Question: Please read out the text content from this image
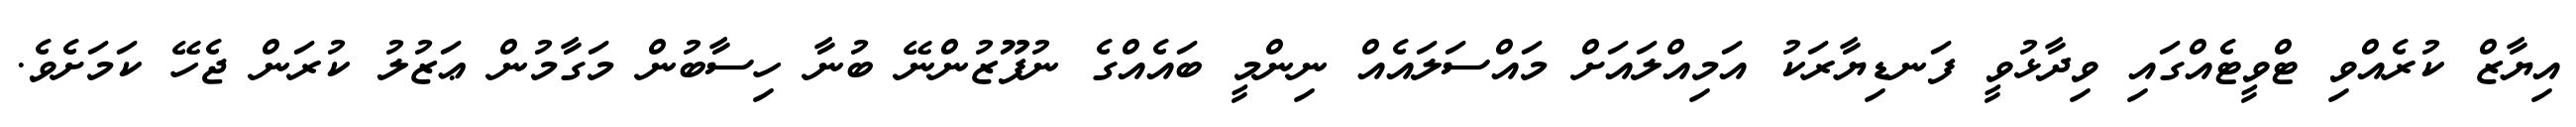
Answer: އިޔާޒް ކުރެއްވި ޓްވީޓެއްގައި ވިދާޅުވީ ފަނޑިޔާރަކު އަމިއްލައަށް މައްސަލައެއް ނިންމީ ބައެއްގެ ނުފޫޒުންނޭ ބުނާ ހިސާބުން މަގާމުން ޢަޒުލު ކުރަން ޖެހޭ ކަމަށެވެ.